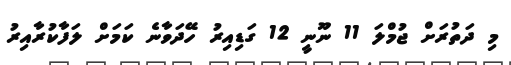
މި ދަތުރަށް ޖުމްލަ 11 ނޫނީ 12 ގަޑިއިރު ހޭދަވާނެ ކަމަށް ލަފާކުރާއިރު